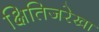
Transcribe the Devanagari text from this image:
क्षितिजरेखा